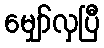
မျှော်လှပြီ